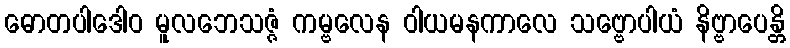
ဓောတပါဒေါဝ မူလဘေသဇ္ဇံ ကမ္ဗလေန ဝါယမနကာလေ သဗ္ဗောပါယံ နိဗ္ဗာပေန္တိ